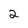
Character: 2